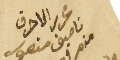
محرر الاحرف ناصيف منصور